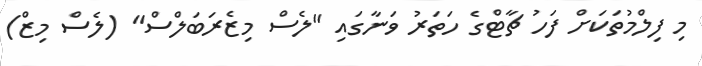
މި ފިލްމުތަކަށް ފަހު ޗާޓްގެ ހަތަރު ވަނާގައި "ލެސް މިޒެރަބަލްސް" (ލެސް މިޒް)